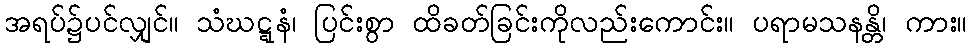
အရပ်၌ပင်လျှင်။ သံဃဋ္ဋနံ၊ ပြင်းစွာ ထိခတ်ခြင်းကိုလည်းကောင်း။ ပရာမသနန္တိ၊ ကား။